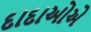
દાદાઓએ